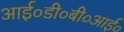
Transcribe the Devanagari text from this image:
आई०डी०बी०आई०